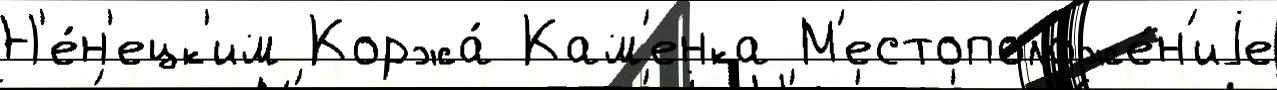
Н'е́н'ецк'им Коржа́ Кам'енка М'естоположе́н'иjе